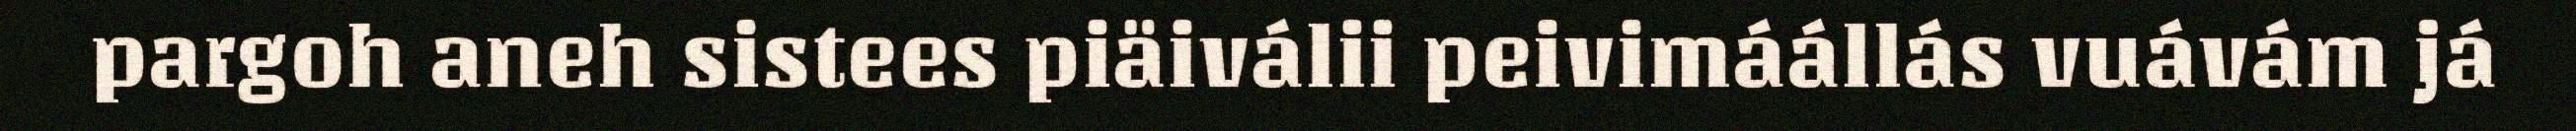
pargoh aneh sistees piäiválii peivimáállás vuávám já